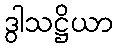
ဒွါသဋ္ဌိယာ